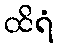
ထိရံ